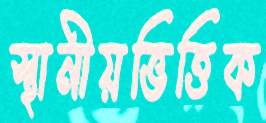
স্থানীয়ভিত্তিক